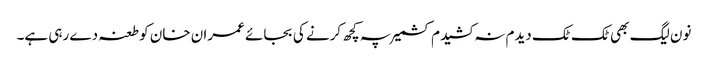
نون لیگ بھی ٹک ٹک دیدم نہ کشیدم کشمیر پہ کچھ کرنے کی بجائے عمران خان کو طعنہ دے رہی ہے۔